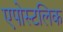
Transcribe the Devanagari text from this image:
एपोस्टलिक